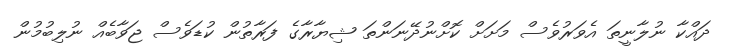
ދައްކާ ނުލާނީތަ އެވަރުވެސް މަށަށް ކޮށްނުދޭނަންތަ ޝިޔާރާގެ ފަރާތުން ކުޑަވެސް ޖަވާބެއް ނުލިބުމުން